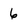
Character: 6